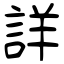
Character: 詳